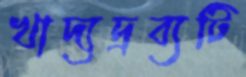
খাদ্যদ্রব্যটি